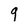
Character: 9